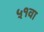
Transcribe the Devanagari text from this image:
५१वा